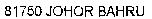
81750 JOHOR BAHRU